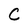
Character: C